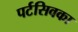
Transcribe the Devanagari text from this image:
पर्टसिवका